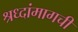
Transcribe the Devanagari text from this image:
श्रध्दांमागची